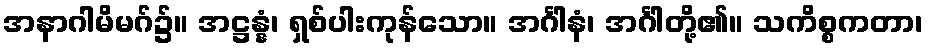
အနာဂါမိမဂ်၌။ အဋ္ဌန္နံ၊ ရှစ်ပါးကုန်သော။ အင်္ဂါနံ၊ အင်္ဂါတို့၏။ သကိစ္စကတာ၊